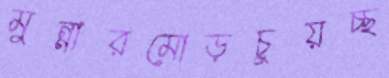
মুন্নারমোড়চুয়চ্ছ